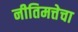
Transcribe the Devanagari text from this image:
नीतिमत्तेचा